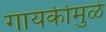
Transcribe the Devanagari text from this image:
गायकीमुळे